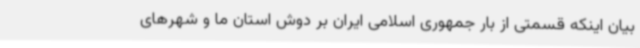
بیان اینکه قسمتی از بار جمهوری اسلامی ایران بر دوش استان ما و شهرهای